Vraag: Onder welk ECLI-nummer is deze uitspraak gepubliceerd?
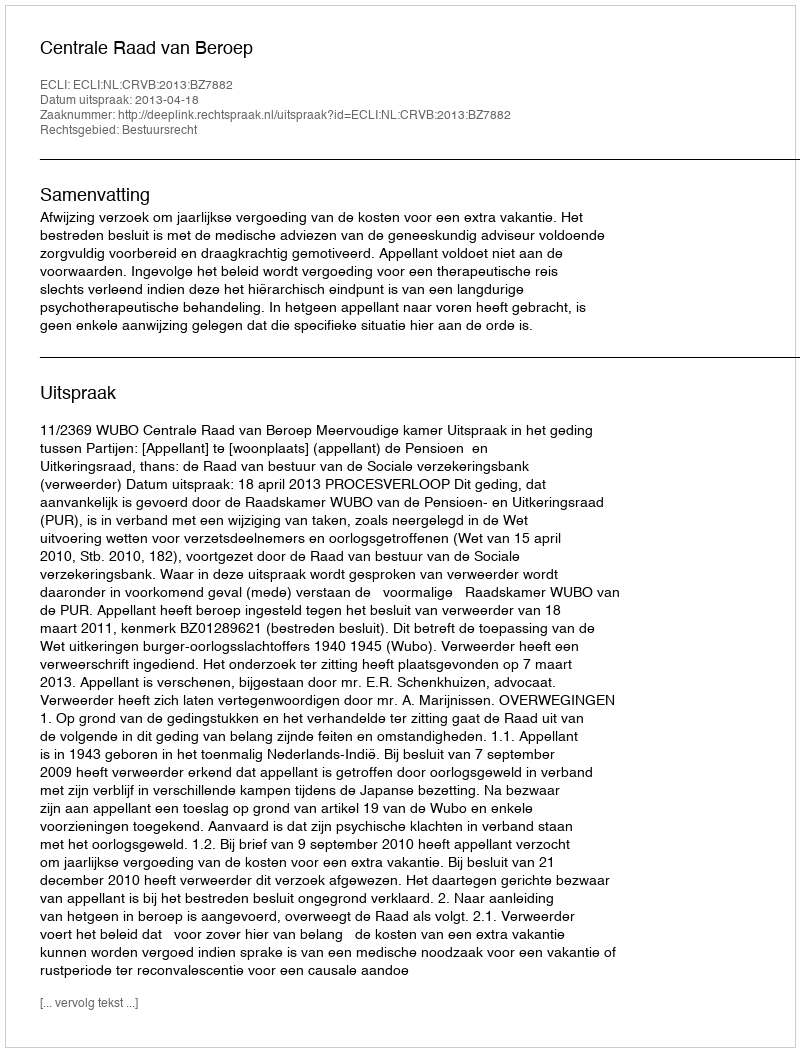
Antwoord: ECLI:NL:CRVB:2013:BZ7882